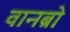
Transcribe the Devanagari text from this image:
वानब्रो